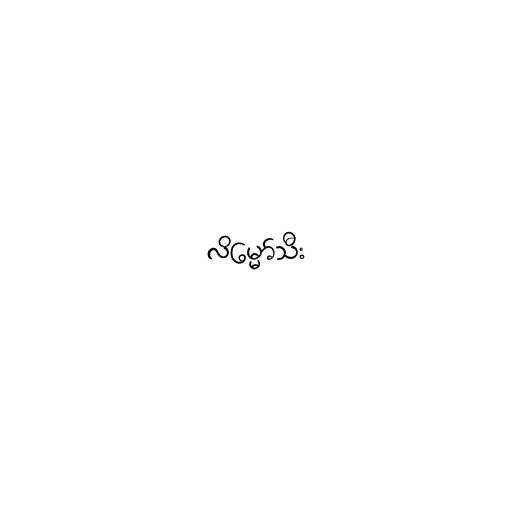
လိမ္မော်သီး